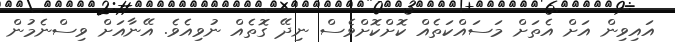
އައިވިން އަށް އެތަށް މަސައްކަތެއް ކޮށްކޮށްވެސް ނިދޭ ގޮތެއް ނުވިއެވެ. އޭނާއަށް ވިސްނެމުން